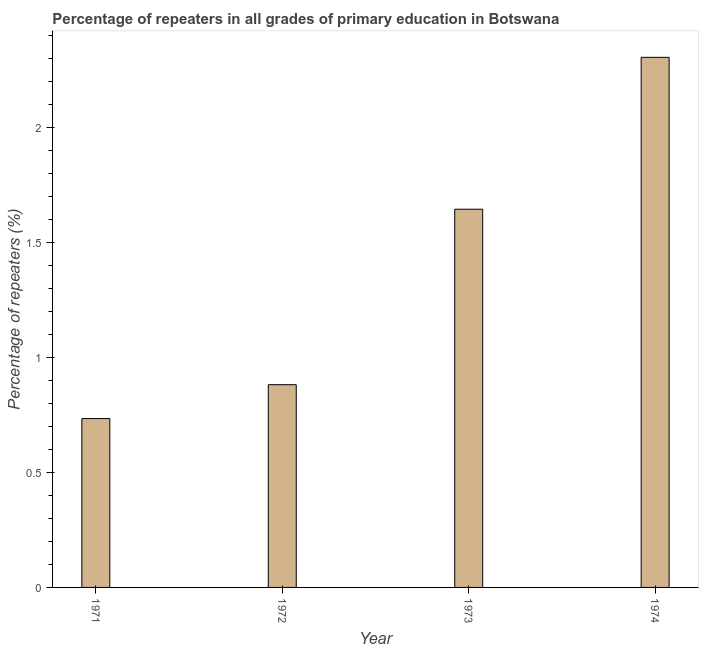
| Year | Repeaters in primary education |
 | --- | --- |
 | 1971 | 0.734 |
 | 1972 | 0.882 |
 | 1973 | 1.64 |
 | 1974 | 2.31 |